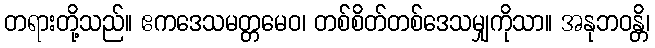
တရားတို့သည်။ ဧကဒေသမတ္တမေဝ၊ တစ်စိတ်တစ်ဒေသမျှကိုသာ။ အနုဘဝန္တိ၊